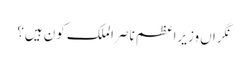
نگراں وزیراعظم ناصر الملک کون ہیں؟